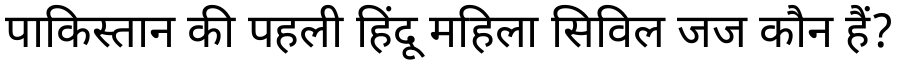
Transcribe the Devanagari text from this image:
पाकिस्तान की पहली हिंदू महिला सिविल जज कौन हैं?